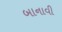
બાનાવી